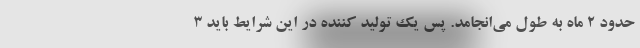
حدود ۲ ماه به طول می‌انجامد. پس یک تولید کننده در این شرایط باید ۳